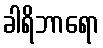
ခါရိဘာရော